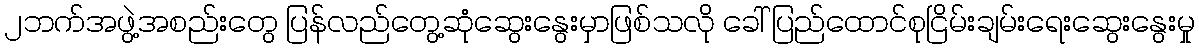
၂ဘက်အဖွဲ့အစည်းတွေ ပြန်လည်တွေ့ဆုံဆွေးနွေးမှာဖြစ်သလို ခေါ် ပြည်ထောင်စုငြိမ်းချမ်းရေးဆွေးနွေးမှု